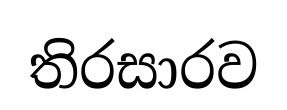
තිරසාරව